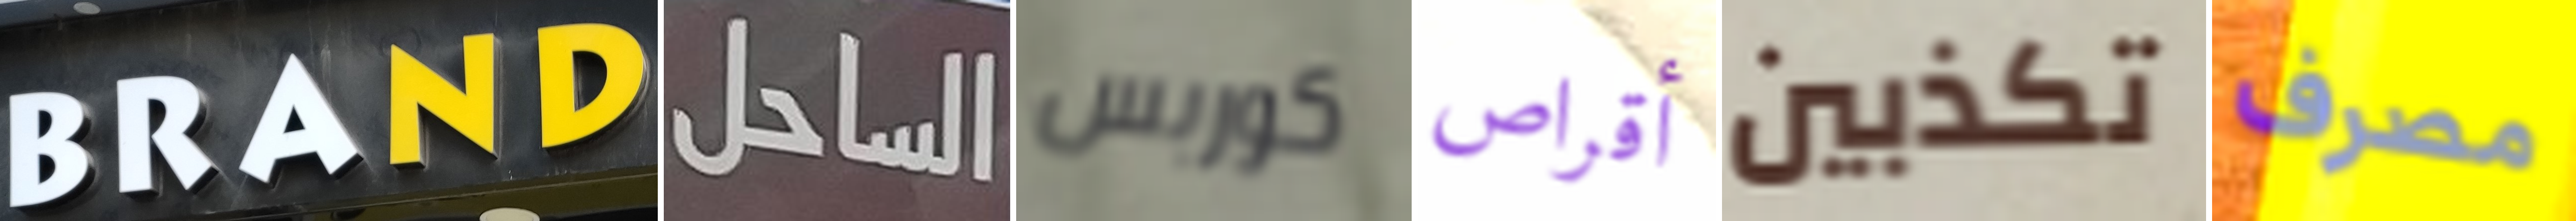
BRAND الساحل كوربس أقراص تكذبين مصرف